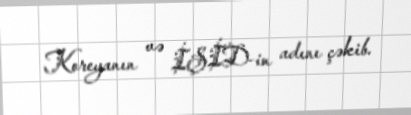
Koreyanın və İŞİD-in adını çəkib.